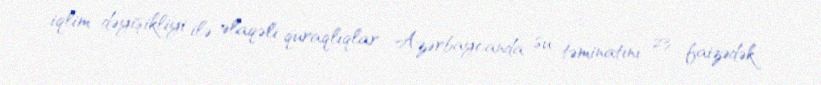
iqlim dəyişikliyi ilə əlaqəli quraqlıqlar Azərbaycanda su təminatını 23 faizədək